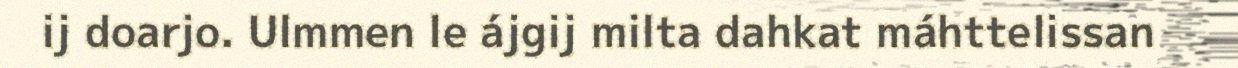
ij doarjo. Ulmmen le ájgij milta dahkat máhttelissan